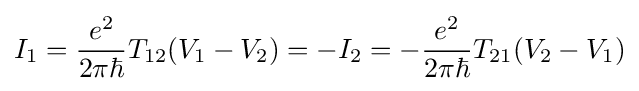
I_{1}={\frac {e^{2}}{2\pi \hbar }}T_{12}(V_{1}-V_{2})=-I_{2}=-{\frac {e^{2}}{2\pi \hbar }}T_{21}(V_{2}-V_{1})